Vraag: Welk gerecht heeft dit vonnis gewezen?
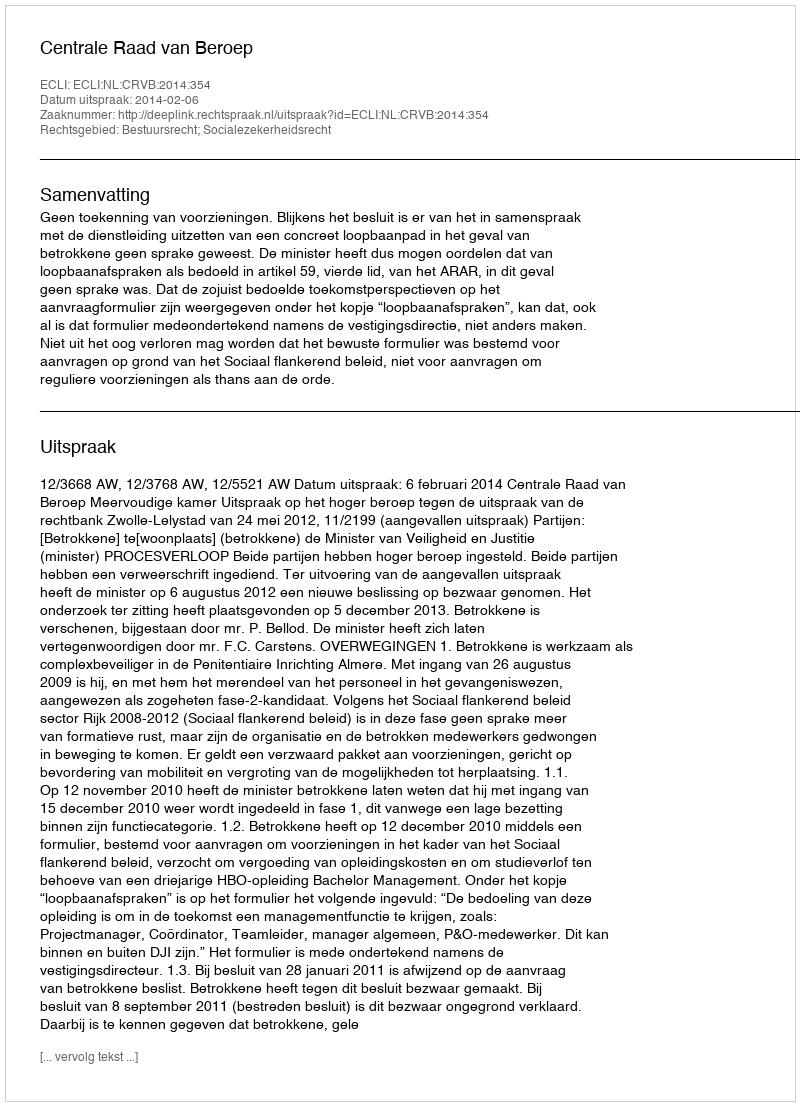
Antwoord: Centrale Raad van Beroep